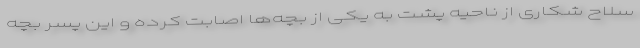
سلاح شکاری از ناحیه پشت به یکی از بچه‌ها اصابت کرده و این پسر بچه